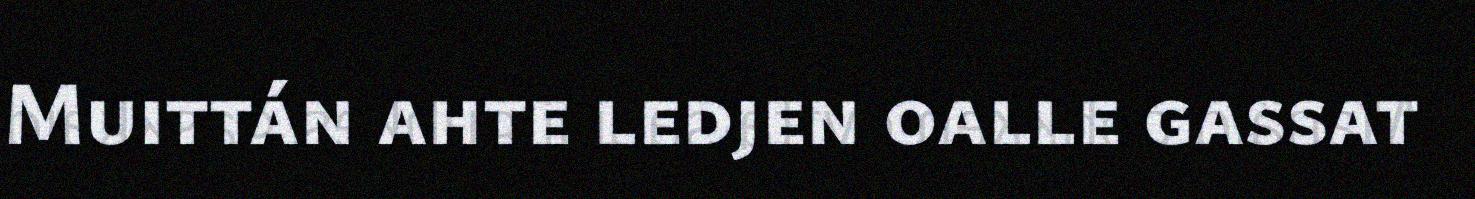
Muittán ahte ledjen oalle gassat